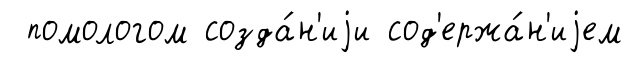
помологом созда́н'иjи сод'ержа́н'иjем